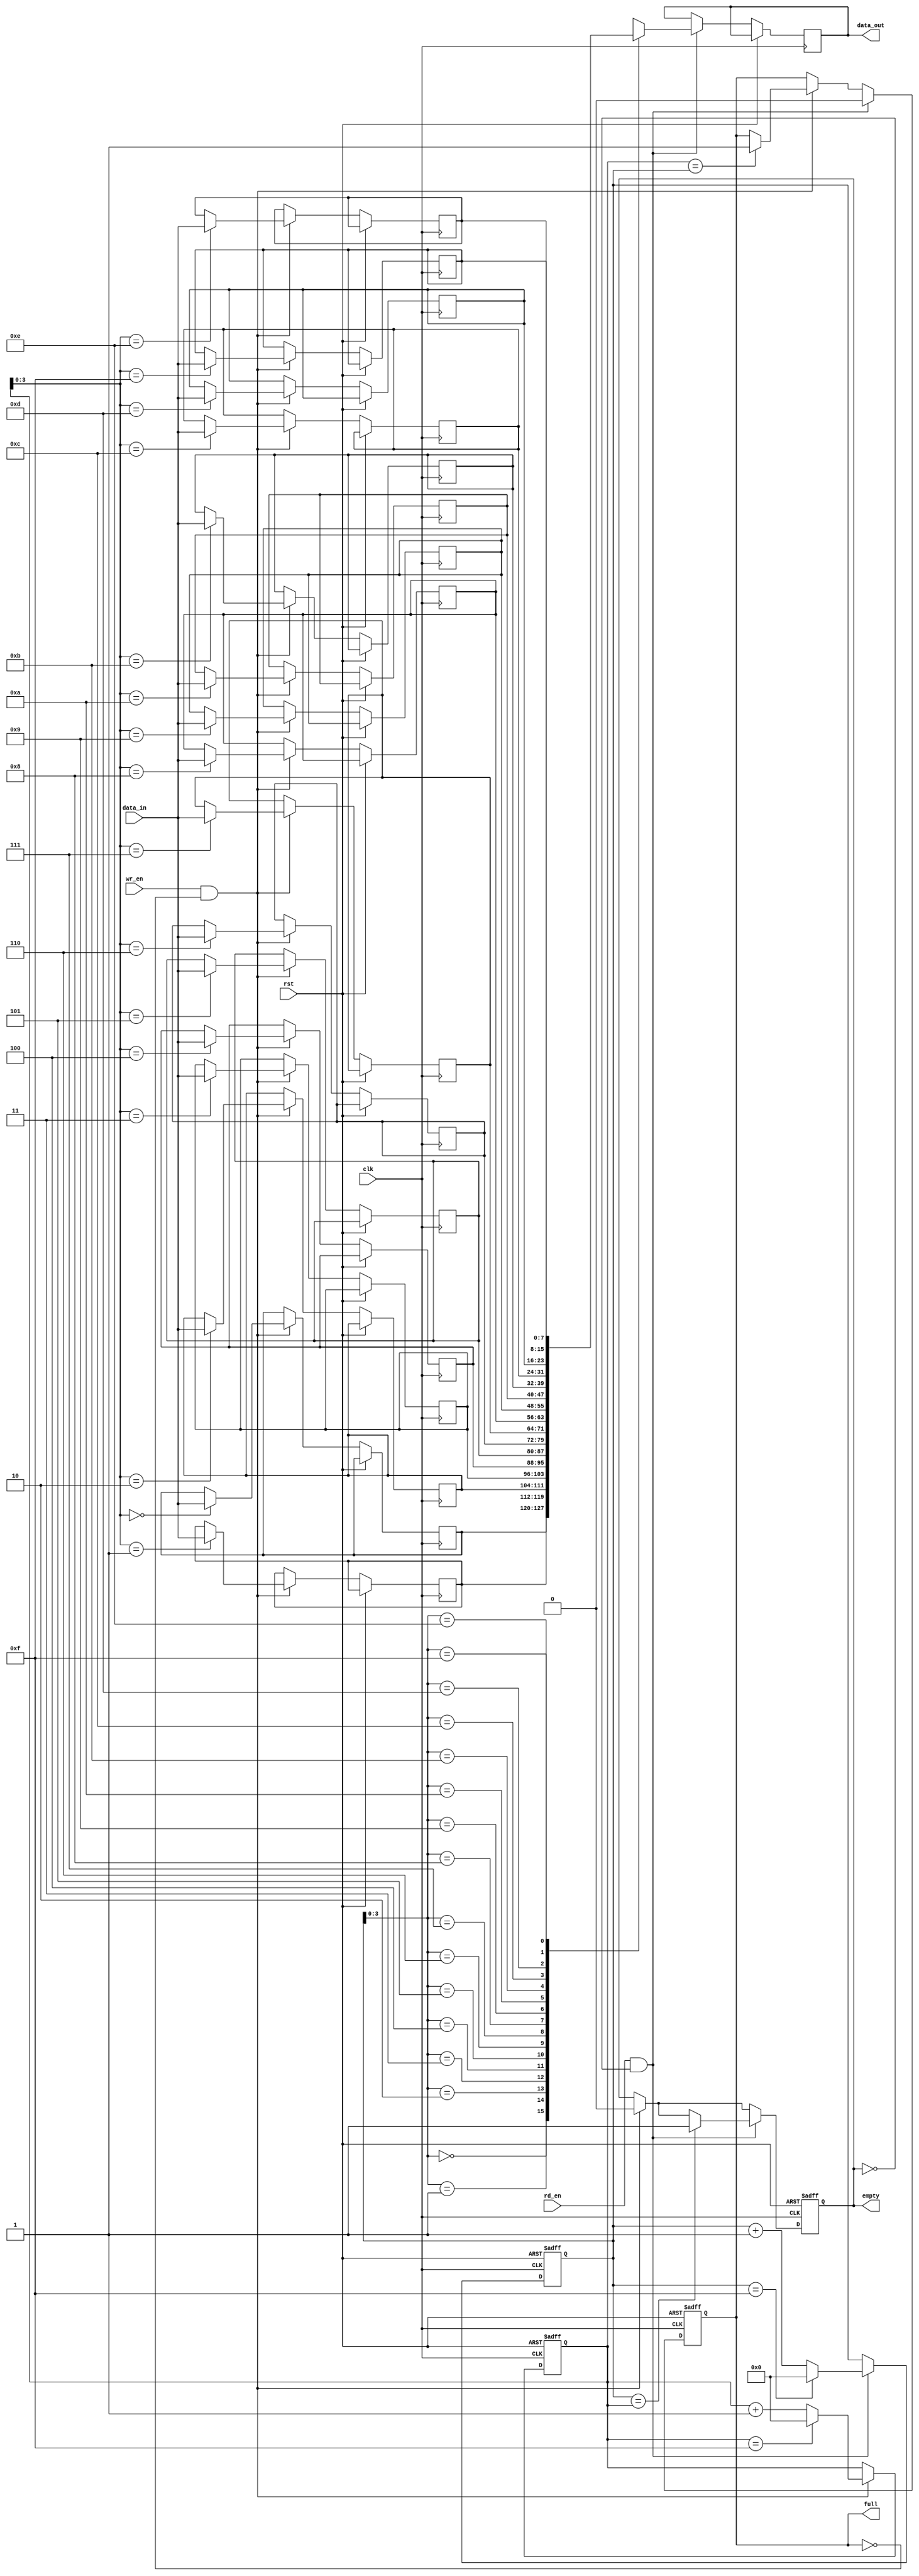
module FIFO (
    input wire clk,
    input wire rst,
    input wire wr_en,
    input wire rd_en,
    input wire [7:0] data_in,
    output reg [7:0] data_out,
    output reg full,
    output reg empty
);

parameter DEPTH = 16;
reg [7:0] memory [0:DEPTH-1];
reg [4:0] rd_ptr;
reg [4:0] wr_ptr;

always @(posedge clk or posedge rst) begin
    if (rst) begin
        rd_ptr <= 0;
        wr_ptr <= 0;
        full <= 0;
        empty <= 1;
    end else begin
        if (wr_en && ~full) begin
            memory[wr_ptr] <= data_in;
            wr_ptr <= wr_ptr + 1;
            if (wr_ptr == DEPTH - 1)
                wr_ptr <= 0;
            if (wr_ptr == rd_ptr)
                full <= 1;
            empty <= 0;
        end
        if (rd_en && ~empty) begin
            data_out <= memory[rd_ptr];
            rd_ptr <= rd_ptr + 1;
            if (rd_ptr == DEPTH - 1)
                rd_ptr <= 0;
            if (rd_ptr == wr_ptr)
                empty <= 1;
            full <= 0;
        end
    end
end

endmodule